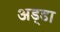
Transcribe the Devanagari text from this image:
अड्‍डा